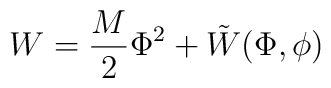
W=\frac{M}{2}\Phi^2+\tilde{W}(\Phi,\phi)